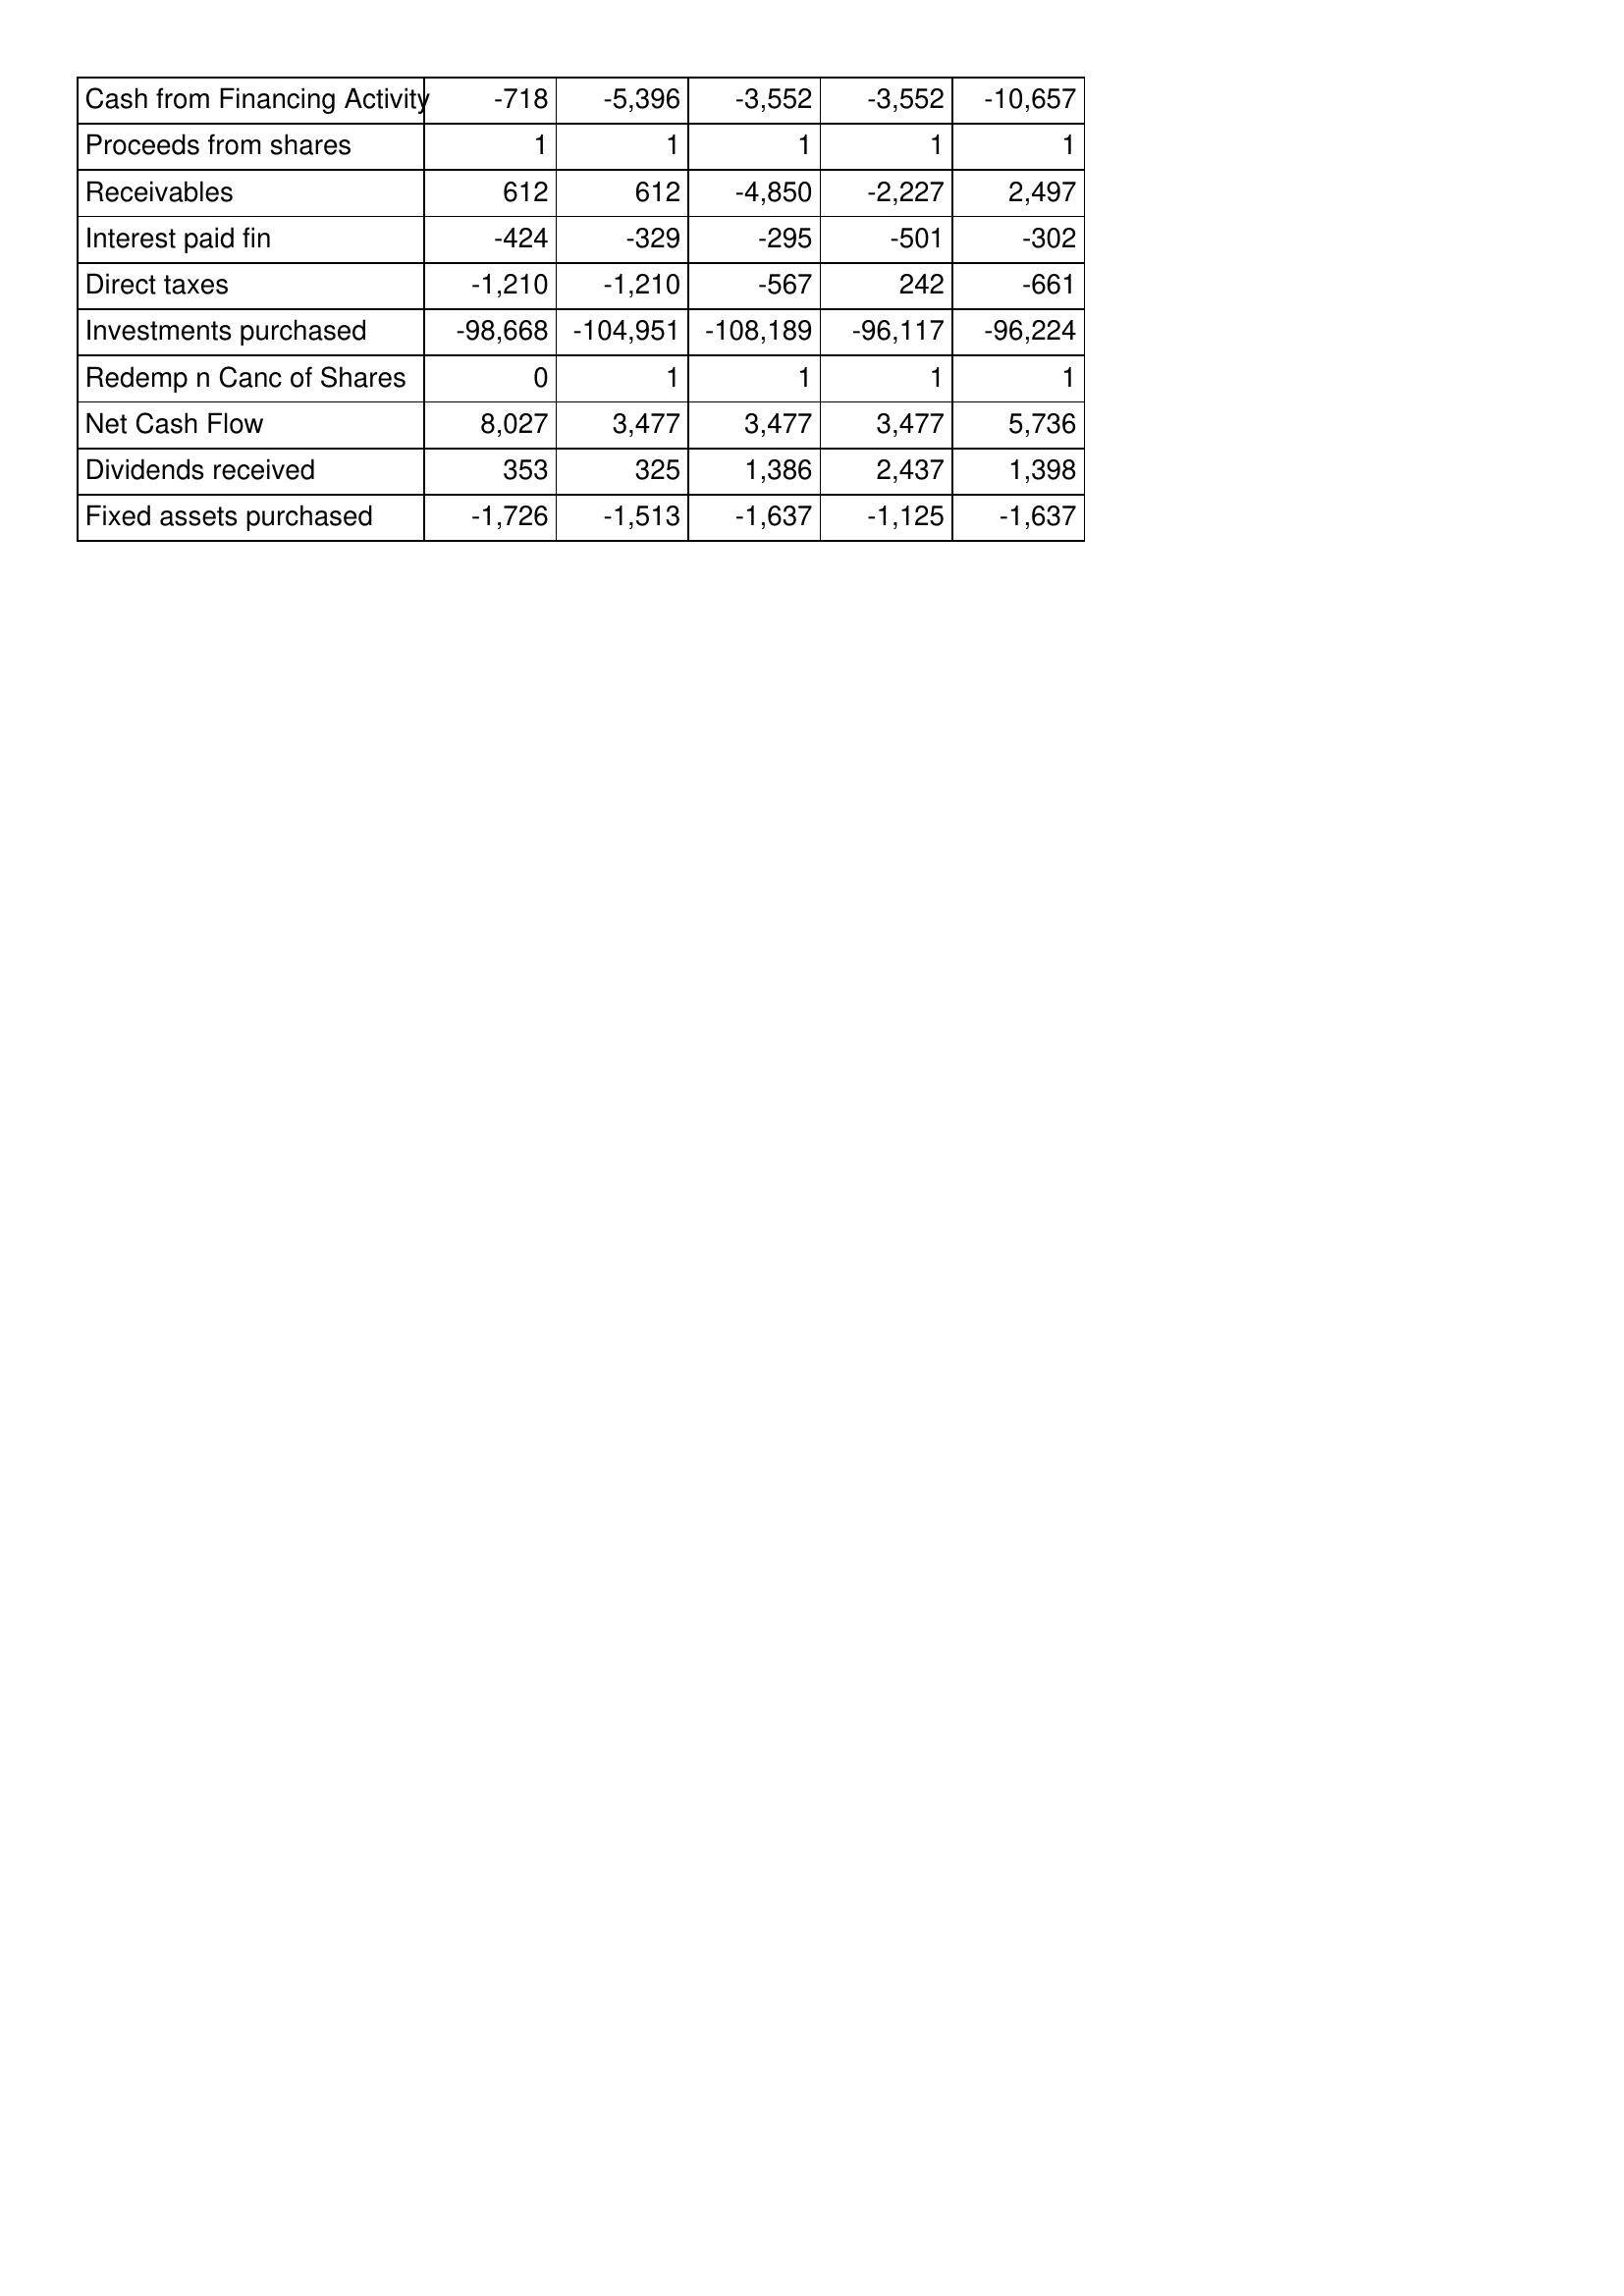
Apr-99: Cash Flows: Cash from Financing Activity: -718
Proceeds from shares: 1
Receivables: 612
Interest paid fin: -424
Direct taxes: -1,210
Investments purchased: -98,668
Redemp n Canc of Shares: 0
Net Cash Flow: 8,027
Dividends received: 353
Fixed assets purchased: -1,726
Apr-98: Cash Flows: Cash from Financing Activity: -5,396
Proceeds from shares: 1
Receivables: 612
Interest paid fin: -329
Direct taxes: -1,210
Investments purchased: -104,951
Redemp n Canc of Shares: 1
Net Cash Flow: 3,477
Dividends received: 325
Fixed assets purchased: -1,513
Apr-97: Cash Flows: Cash from Financing Activity: -3,552
Proceeds from shares: 1
Receivables: -4,850
Interest paid fin: -295
Direct taxes: -567
Investments purchased: -108,189
Redemp n Canc of Shares: 1
Net Cash Flow: 3,477
Dividends received: 1,386
Fixed assets purchased: -1,637
Apr-96: Cash Flows: Cash from Financing Activity: -3,552
Proceeds from shares: 1
Receivables: -2,227
Interest paid fin: -501
Direct taxes: 242
Investments purchased: -96,117
Redemp n Canc of Shares: 1
Net Cash Flow: 3,477
Dividends received: 2,437
Fixed assets purchased: -1,125
Apr-95: Cash Flows: Cash from Financing Activity: -10,657
Proceeds from shares: 1
Receivables: 2,497
Interest paid fin: -302
Direct taxes: -661
Investments purchased: -96,224
Redemp n Canc of Shares: 1
Net Cash Flow: 5,736
Dividends received: 1,398
Fixed assets purchased: -1,637